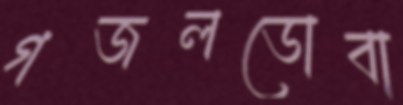
গজলডোবা